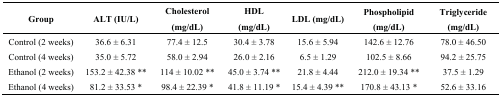
<table><thead><tr><td><b>Group</b></td><td><b>ALT (IU/L)</b></td><td><b>Cholesterol (mg/dL)</b></td><td><b>HDL (mg/dL)</b></td><td><b>LDL (mg/dL)</b></td><td><b>Phospholipid (mg/dL)</b></td><td><b>Triglyceride (mg/dL)</b></td></tr></thead><tbody><tr><td>Control (2 weeks)</td><td>36.6 ± 6.31</td><td>77.4 ± 12.5</td><td>30.4 ± 3.78</td><td>15.6 ± 5.94</td><td>142.6 ± 12.76</td><td>78.0 ± 46.50</td></tr><tr><td>Control (4 weeks)</td><td>35.0 ± 5.72</td><td>58.0 ± 2.94</td><td>26.0 ± 2.16</td><td>6.5 ± 1.29</td><td>102.5 ± 8.66</td><td>94.2 ± 25.75</td></tr><tr><td>Ethanol (2 weeks)</td><td>153.2 ± 42.38 **</td><td>114 ± 10.02 **</td><td>45.0 ± 3.74 **</td><td>21.8 ± 4.44</td><td>212.0 ± 19.34 **</td><td>37.5 ± 1.29</td></tr><tr><td>Ethanol (4 weeks)</td><td>81.2 ± 33.53 *</td><td>98.4 ± 22.39 *</td><td>41.8 ± 11.19 *</td><td>15.4 ± 4.39 **</td><td>170.8 ± 43.13 *</td><td>52.6 ± 33.16</td></tr></tbody></table>